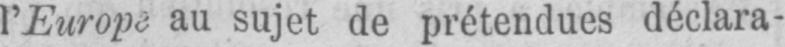
l’Europe au sujet de prétendues déclara-